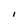
Character: I